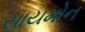
સાયમોન